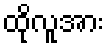
ထိုလူအား